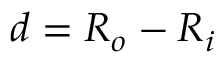
d = R _ { o } - R _ { i }